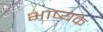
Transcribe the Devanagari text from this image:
भाष्यके